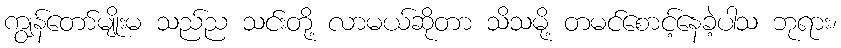
ကျွန်တော်မျိုးမ သည်ည သင်းတို့ လာမယ်ဆိုတာ သိသမို့ တမင်စောင့်နေခဲ့ပါသ ဘုရား၊